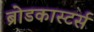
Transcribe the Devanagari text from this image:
ब्रोडकास्टर्स